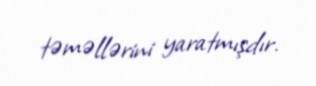
təməllərini yaratmışdır.